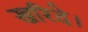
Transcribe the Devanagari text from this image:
खरिदे।